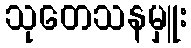
သုတေသနမှူး